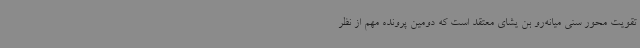
تقویت محور سنی میانه‌رو بن یشای معتقد است که دومین پرونده مهم از نظر